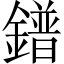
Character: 鐠